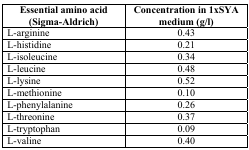
| Essential amino acid(Sigma-Aldrich) | Concentration in 1xSYA medium (g/l) |
 | --- | --- |
 | L-arginine | 0.43 |
 | L-histidine | 0.21 |
 | L-isoleucine | 0.34 |
 | L-leucine | 0.48 |
 | L-lysine | 0.52 |
 | L-methionine | 0.10 |
 | L-phenylalanine | 0.26 |
 | L-threonine | 0.37 |
 | L-tryptophan | 0.09 |
 | L-valine | 0.40 |